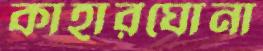
কাহারঘোনা